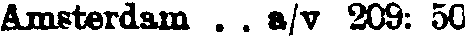
Amsterdam . . a/v 209: 50